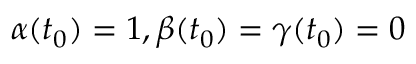
\alpha ( t _ { 0 } ) = 1 , \beta ( t _ { 0 } ) = \gamma ( t _ { 0 } ) = 0